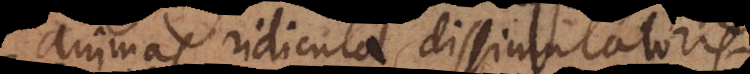
animas ridicula dissimulatoris